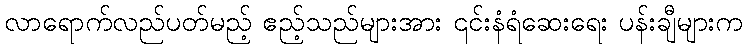
လာရောက်လည်ပတ်မည့် ဧည့်သည်များအား ၎င်းနံရံဆေးရေး ပန်းချီများက